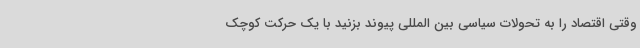
وقتی اقتصاد را به تحولات سیاسی بین المللی پیوند بزنید با یک حرکت کوچک